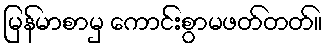
မြန်မာစာမှ ကောင်းစွာမဖတ်တတ်။